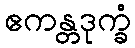
ဧကန္တဒုက္ခံ